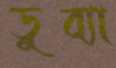
ডুব্যা